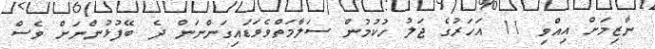
ނާޒިމަށް އިއްވި 11 އަހަރުގެ ޖަލު ހުކުމުން ސަލާމަތްވެވަޑައިގަންނަން ދެ ބޭފުޅުންނަށް ވެސް